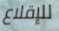
للإقلاع